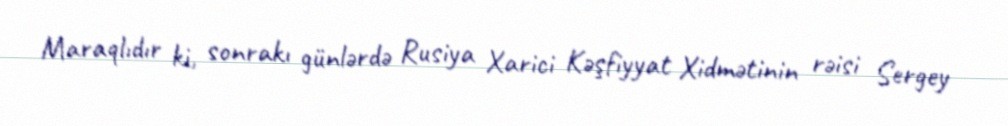
Maraqlıdır ki, sonrakı günlərdə Rusiya Xarici Kəşfiyyat Xidmətinin rəisi Sergey